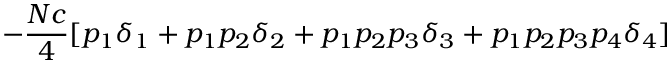
- { \frac { N c } { 4 } } [ p _ { 1 } \delta _ { 1 } + p _ { 1 } p _ { 2 } \delta _ { 2 } + p _ { 1 } p _ { 2 } p _ { 3 } \delta _ { 3 } + p _ { 1 } p _ { 2 } p _ { 3 } p _ { 4 } \delta _ { 4 } ]